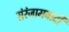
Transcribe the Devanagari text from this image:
संरंजामवादी